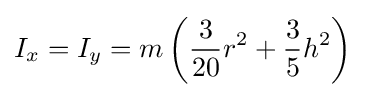
I_{x}=I_{y}=m\left({\frac {3}{20}}r^{2}+{\frac {3}{5}}h^{2}\right)\,\!